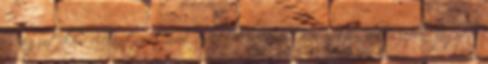
és egzotikus elefántos túrák érdeklik inkább? Vásároljon olcsó repülőjegyet